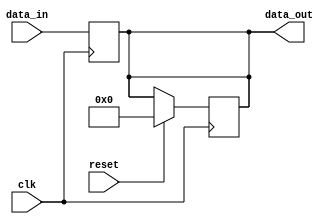
module TimingControlAndSync(
    input wire clk,
    input wire reset,
    input wire [15:0] data_in,
    output wire [15:0] data_out
);

  reg [15:0] synced_data;

  // Synchronizer component
  always @(posedge clk) begin
    synced_data <= data_in;
  end

  // Reset synchronization block
  always @(posedge clk) begin
    if (reset) begin
      synced_data <= 16'h0000; // reset all components in the circuit
    end
  end

  assign data_out = synced_data;

endmodule